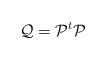
LaTeX: \begin{align*}{\mathcal Q}={\mathcal P}^t{\mathcal P}\end{align*}